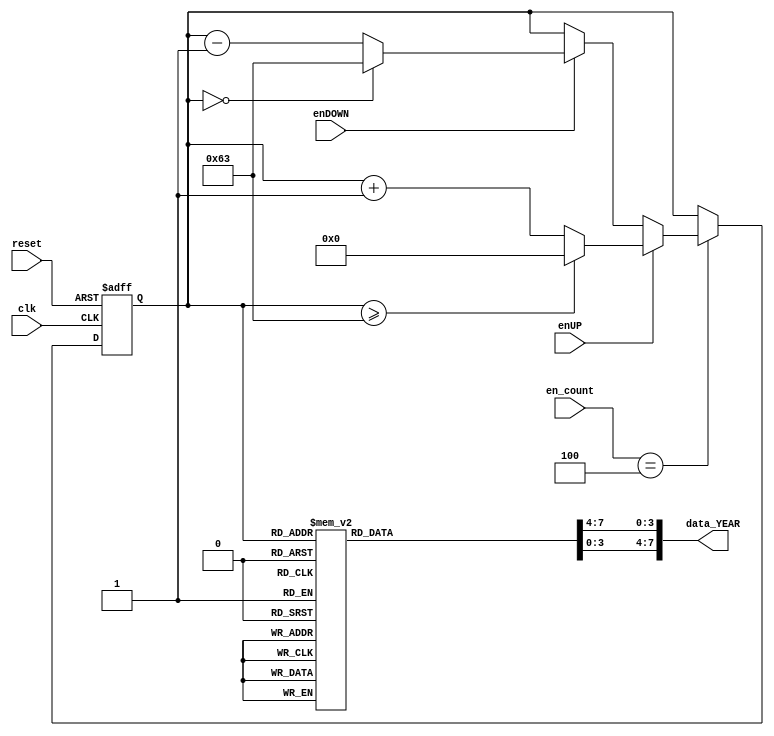
`timescale 1ns / 1ps
//////////////////////////////////////////////////////////////////////////////////
// Company: 
// 
// Design Name: 
// Module Name:    contador_AD_YEAR_2dig 
// Project Name: 
// Target Devices: 
// Tool versions: 
// Description: 
//
// Dependencies: 
//
// Revision: 
// Revision 0.01 - File Created
// Additional Comments: 
//
//////////////////////////////////////////////////////////////////////////////////
module contador_AD_YEAR_2dig
(
input wire clk,
input wire reset,
input wire [3:0] en_count,
input wire enUP,
input wire enDOWN,
output wire [7:0] data_YEAR
);

localparam N = 7; // Para definir el nmero de bits del contador (hasta 99->7 bits)
//Declaracin de seales
reg [N-1:0] q_act, q_next;
wire [N-1:0] count_data;
reg [3:0] digit1, digit0;

//Descripcin del comportamiento
always@(posedge clk, posedge reset)
begin	
	
	if(reset)
	begin
		q_act <= 7'b0;
	end
	
	else
	begin
		q_act <= q_next;
	end
end


//Lgica de salida

always@*
begin

	if (en_count == 4)
	begin
		if (enUP)
		begin
			if (q_act >= 7'd99) q_next = 7'd0;
			else q_next = q_act + 7'd1;
		end
		
		else if (enDOWN)
		begin
			if (q_act == 7'd0) q_next = 7'd99;
			else q_next = q_act - 7'd1;
		end
		else q_next = q_act;
	end
	else q_next = q_act;
	
end

assign count_data = q_act;

//Decodificacin BCD (2 dgitos)

always@*
begin
case(count_data)
7'd0: begin digit1 = 4'b0000; digit0 = 4'b0000; end
7'd1: begin digit1 = 4'b0000; digit0 = 4'b0001; end
7'd2: begin digit1 = 4'b0000; digit0 = 4'b0010; end
7'd3: begin digit1 = 4'b0000; digit0 = 4'b0011; end
7'd4: begin digit1 = 4'b0000; digit0 = 4'b0100; end
7'd5: begin digit1 = 4'b0000; digit0 = 4'b0101; end
7'd6: begin digit1 = 4'b0000; digit0 = 4'b0110; end
7'd7: begin digit1 = 4'b0000; digit0 = 4'b0111; end
7'd8: begin digit1 = 4'b0000; digit0 = 4'b1000; end
7'd9: begin digit1 = 4'b0000; digit0 = 4'b1001; end

7'd10: begin digit1 = 4'b0001; digit0 = 4'b0000; end
7'd11: begin digit1 = 4'b0001; digit0 = 4'b0001; end
7'd12: begin digit1 = 4'b0001; digit0 = 4'b0010; end
7'd13: begin digit1 = 4'b0001; digit0 = 4'b0011; end
7'd14: begin digit1 = 4'b0001; digit0 = 4'b0100; end
7'd15: begin digit1 = 4'b0001; digit0 = 4'b0101; end
7'd16: begin digit1 = 4'b0001; digit0 = 4'b0110; end
7'd17: begin digit1 = 4'b0001; digit0 = 4'b0111; end
7'd18: begin digit1 = 4'b0001; digit0 = 4'b1000; end
7'd19: begin digit1 = 4'b0001; digit0 = 4'b1001; end

7'd20: begin digit1 = 4'b0010; digit0 = 4'b0000; end
7'd21: begin digit1 = 4'b0010; digit0 = 4'b0001; end
7'd22: begin digit1 = 4'b0010; digit0 = 4'b0010; end
7'd23: begin digit1 = 4'b0010; digit0 = 4'b0011; end
7'd24: begin digit1 = 4'b0010; digit0 = 4'b0100; end
7'd25: begin digit1 = 4'b0010; digit0 = 4'b0101; end
7'd26: begin digit1 = 4'b0010; digit0 = 4'b0110; end
7'd27: begin digit1 = 4'b0010; digit0 = 4'b0111; end
7'd28: begin digit1 = 4'b0010; digit0 = 4'b1000; end
7'd29: begin digit1 = 4'b0010; digit0 = 4'b1001; end

7'd30: begin digit1 = 4'b0011; digit0 = 4'b0000; end
7'd31: begin digit1 = 4'b0011; digit0 = 4'b0001; end
7'd32: begin digit1 = 4'b0011; digit0 = 4'b0010; end
7'd33: begin digit1 = 4'b0011; digit0 = 4'b0011; end
7'd34: begin digit1 = 4'b0011; digit0 = 4'b0100; end
7'd35: begin digit1 = 4'b0011; digit0 = 4'b0101; end
7'd36: begin digit1 = 4'b0011; digit0 = 4'b0110; end
7'd37: begin digit1 = 4'b0011; digit0 = 4'b0111; end
7'd38: begin digit1 = 4'b0011; digit0 = 4'b1000; end
7'd39: begin digit1 = 4'b0011; digit0 = 4'b1001; end

7'd40: begin digit1 = 4'b0100; digit0 = 4'b0000; end
7'd41: begin digit1 = 4'b0100; digit0 = 4'b0001; end
7'd42: begin digit1 = 4'b0100; digit0 = 4'b0010; end
7'd43: begin digit1 = 4'b0100; digit0 = 4'b0011; end
7'd44: begin digit1 = 4'b0100; digit0 = 4'b0100; end
7'd45: begin digit1 = 4'b0100; digit0 = 4'b0101; end
7'd46: begin digit1 = 4'b0100; digit0 = 4'b0110; end
7'd47: begin digit1 = 4'b0100; digit0 = 4'b0111; end
7'd48: begin digit1 = 4'b0100; digit0 = 4'b1000; end
7'd49: begin digit1 = 4'b0100; digit0 = 4'b1001; end

7'd50: begin digit1 = 4'b0101; digit0 = 4'b0000; end
7'd51: begin digit1 = 4'b0101; digit0 = 4'b0001; end
7'd52: begin digit1 = 4'b0101; digit0 = 4'b0010; end
7'd53: begin digit1 = 4'b0101; digit0 = 4'b0011; end
7'd54: begin digit1 = 4'b0101; digit0 = 4'b0100; end
7'd55: begin digit1 = 4'b0101; digit0 = 4'b0101; end
7'd56: begin digit1 = 4'b0101; digit0 = 4'b0110; end
7'd57: begin digit1 = 4'b0101; digit0 = 4'b0111; end
7'd58: begin digit1 = 4'b0101; digit0 = 4'b1000; end
7'd59: begin digit1 = 4'b0101; digit0 = 4'b1001; end

7'd60: begin digit1 = 4'b0110; digit0 = 4'b0000; end
7'd61: begin digit1 = 4'b0110; digit0 = 4'b0001; end
7'd62: begin digit1 = 4'b0110; digit0 = 4'b0010; end
7'd63: begin digit1 = 4'b0110; digit0 = 4'b0011; end
7'd64: begin digit1 = 4'b0110; digit0 = 4'b0100; end
7'd65: begin digit1 = 4'b0110; digit0 = 4'b0101; end
7'd66: begin digit1 = 4'b0110; digit0 = 4'b0110; end
7'd67: begin digit1 = 4'b0110; digit0 = 4'b0111; end
7'd68: begin digit1 = 4'b0110; digit0 = 4'b1000; end
7'd69: begin digit1 = 4'b0110; digit0 = 4'b1001; end

7'd70: begin digit1 = 4'b0111; digit0 = 4'b0000; end
7'd71: begin digit1 = 4'b0111; digit0 = 4'b0001; end
7'd72: begin digit1 = 4'b0111; digit0 = 4'b0010; end
7'd73: begin digit1 = 4'b0111; digit0 = 4'b0011; end
7'd74: begin digit1 = 4'b0111; digit0 = 4'b0100; end
7'd75: begin digit1 = 4'b0111; digit0 = 4'b0101; end
7'd76: begin digit1 = 4'b0111; digit0 = 4'b0110; end
7'd77: begin digit1 = 4'b0111; digit0 = 4'b0111; end
7'd78: begin digit1 = 4'b0111; digit0 = 4'b1000; end
7'd79: begin digit1 = 4'b0111; digit0 = 4'b1001; end

7'd80: begin digit1 = 4'b1000; digit0 = 4'b0000; end
7'd81: begin digit1 = 4'b1000; digit0 = 4'b0001; end
7'd82: begin digit1 = 4'b1000; digit0 = 4'b0010; end
7'd83: begin digit1 = 4'b1000; digit0 = 4'b0011; end
7'd84: begin digit1 = 4'b1000; digit0 = 4'b0100; end
7'd85: begin digit1 = 4'b1000; digit0 = 4'b0101; end
7'd86: begin digit1 = 4'b1000; digit0 = 4'b0110; end
7'd87: begin digit1 = 4'b1000; digit0 = 4'b0111; end
7'd88: begin digit1 = 4'b1000; digit0 = 4'b1000; end
7'd89: begin digit1 = 4'b1000; digit0 = 4'b1001; end

7'd90: begin digit1 = 4'b1001; digit0 = 4'b0000; end
7'd91: begin digit1 = 4'b1001; digit0 = 4'b0001; end
7'd92: begin digit1 = 4'b1001; digit0 = 4'b0010; end
7'd93: begin digit1 = 4'b1001; digit0 = 4'b0011; end
7'd94: begin digit1 = 4'b1001; digit0 = 4'b0100; end
7'd95: begin digit1 = 4'b1001; digit0 = 4'b0101; end
7'd96: begin digit1 = 4'b1001; digit0 = 4'b0110; end
7'd97: begin digit1 = 4'b1001; digit0 = 4'b0111; end
7'd98: begin digit1 = 4'b1001; digit0 = 4'b1000; end
7'd99: begin digit1 = 4'b1001; digit0 = 4'b1001; end

default:  begin digit1 = 0; digit0 = 0; end
endcase
end

assign data_YEAR = {digit1,digit0};

endmodule